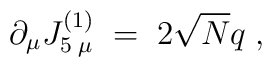
\partial_\mu J^{(1)}_{5 \; \mu} \; = \; 2 \sqrt{N} q \; ,